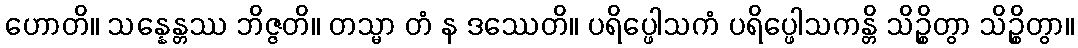
ဟောတိ။ သန္နေန္တဿ ဘိဇ္ဇတိ။ တသ္မာ တံ န ဒဿေတိ။ ပရိပ္ဖေါသကံ ပရိပ္ဖေါသကန္တိ သိဉ္စိတွာ သိဉ္စိတွာ။